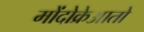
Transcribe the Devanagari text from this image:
मोंदोक्रेआतो